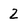
Character: 2